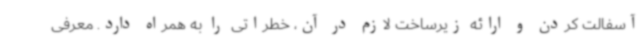
آسفالت کردن و ارائه زیرساخت لازم در آن، خطراتی را به همراه دارد. معرفی